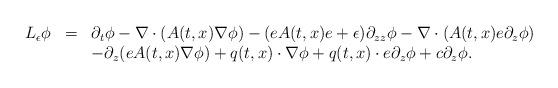
LaTeX: \begin{align*} \begin{array}{rcl}L_{\epsilon} \phi &=& \partial_{t} \phi - \nabla \cdot (A(t,x) \nabla \phi) - (eA(t,x)e+\epsilon) \partial_{zz}\phi - \nabla \cdot (A(t,x)e \partial_{z} \phi)\\&&-\partial_{z}(e A(t,x)\nabla \phi) +q(t,x)\cdot\nabla\phi+q(t,x)\cdot e\partial_{z}\phi+c\partial_{z}\phi.\\\end{array}\end{align*}